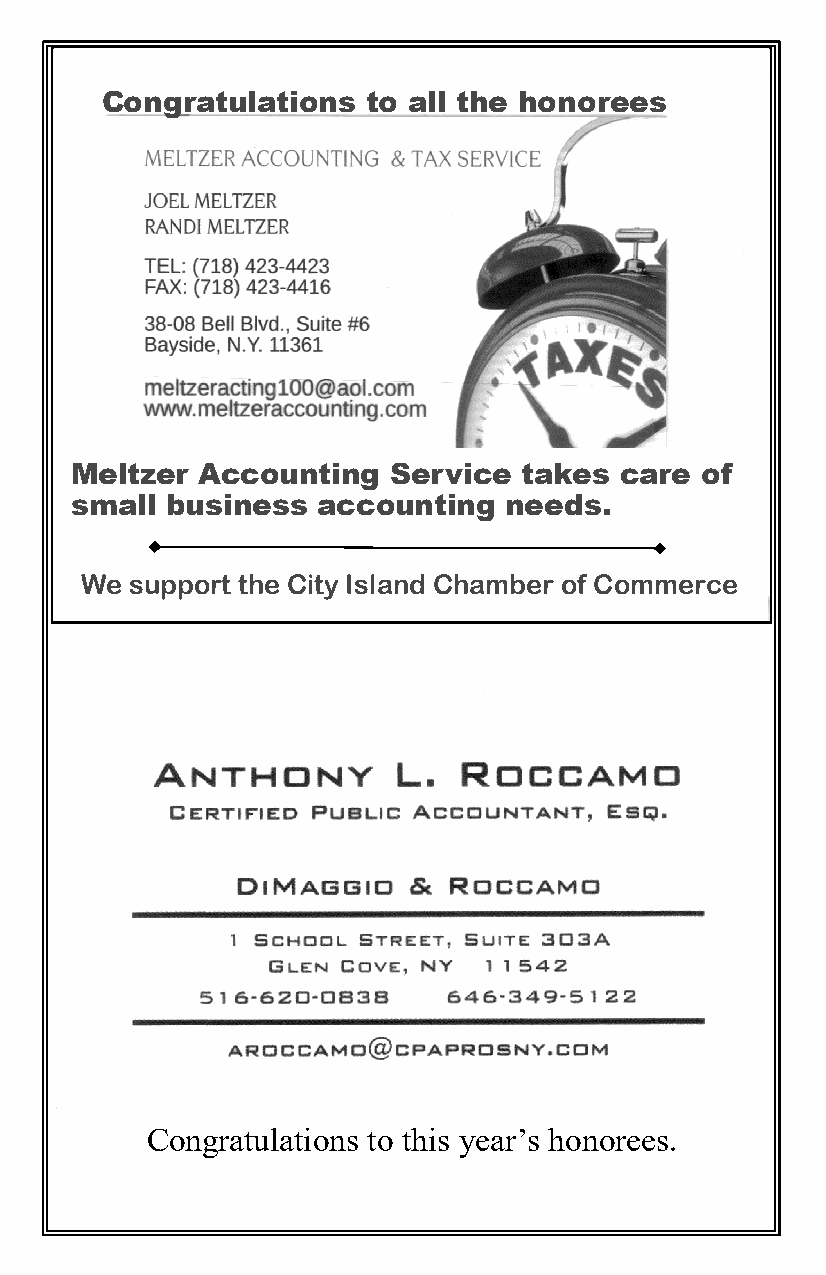
Congratulations  to all the honorees
 Meltzer Accounting   Service  takes care of
 small business  accounting  needs.
 We  support the City Island Chamber of Commerce
 Congratulations to this year’s honorees.